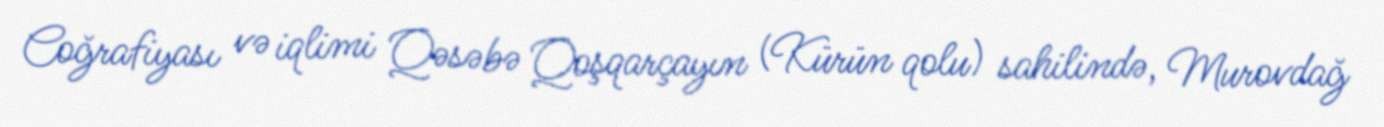
Coğrafiyası və iqlimi Qəsəbə Qoşqarçayın (Kürün qolu) sahilində, Murovdağ